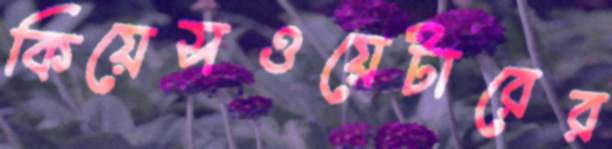
কিয়েসওয়েটারের